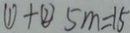
\textcircled { 1 } + \textcircled { 2 } 5 m = 1 5